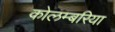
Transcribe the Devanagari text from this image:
कोलम्बरिया